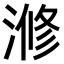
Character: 𣺫